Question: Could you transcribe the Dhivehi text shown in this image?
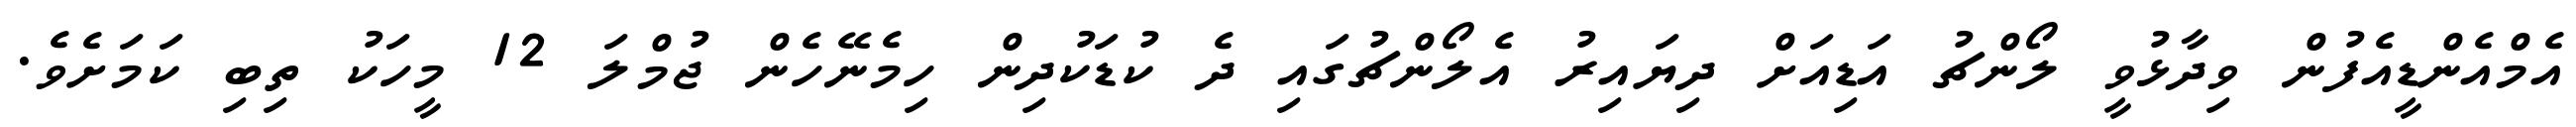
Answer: އެމްއެންޑީއެފުން ވިދާޅުވީ ލޯންޗު އަޑިއަށް ދިޔައިރު އެލޯންޗުގައި ދެ ކުޑަކުދިން ހިމެނޭހެން ޖުމްލަ 12 މީހަކު ތިބި ކަމަށެވެ.